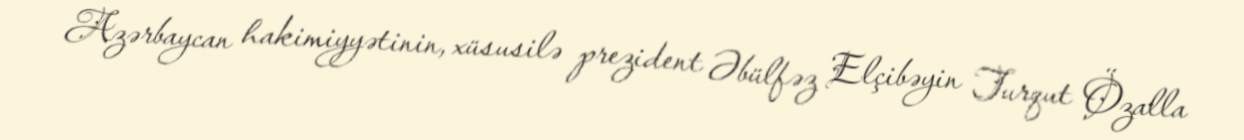
Azərbaycan hakimiyyətinin, xüsusilə prezident Əbülfəz Elçibəyin Turqut Özalla